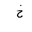
Letter: _kha